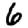
Digit: 6